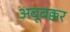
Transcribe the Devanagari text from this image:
अबूबक्कर